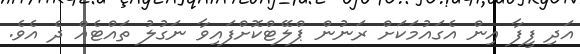
އަދި ފީފާ އިން އެގައުމަކަށް ރަނުން ޕްލޭޓްކޮށްފައިވާ ނަގުލު ތައްޓެއް ދެ އެވެ.